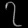
Digit: ၇